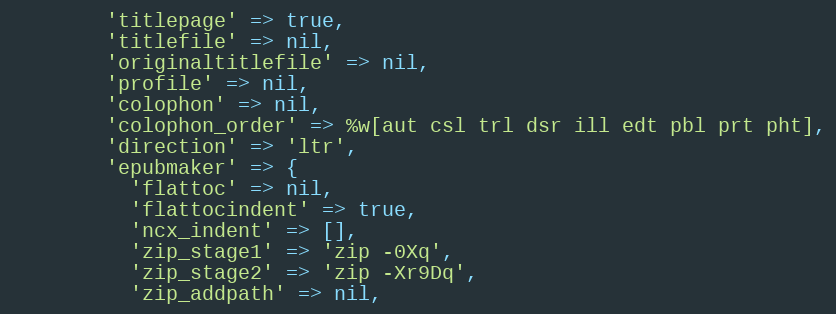
Language: Ruby
        'titlepage' => true,
        'titlefile' => nil,
        'originaltitlefile' => nil,
        'profile' => nil,
        'colophon' => nil,
        'colophon_order' => %w[aut csl trl dsr ill edt pbl prt pht],
        'direction' => 'ltr',
        'epubmaker' => {
          'flattoc' => nil,
          'flattocindent' => true,
          'ncx_indent' => [],
          'zip_stage1' => 'zip -0Xq',
          'zip_stage2' => 'zip -Xr9Dq',
          'zip_addpath' => nil,